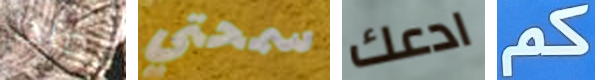
لماذا سمحتي ادعك كم